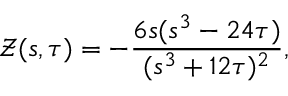
\mathcal { Z } ( s , \tau ) = - \frac { 6 s ( s ^ { 3 } - 2 4 \tau ) } { ( s ^ { 3 } + 1 2 \tau ) ^ { 2 } } ,